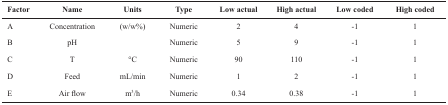
<table><thead><tr><td><b>Factor</b></td><td><b>Name</b></td><td><b>Units</b></td><td><b>Type</b></td><td><b>Low actual</b></td><td><b>High actual</b></td><td><b>Low coded</b></td><td><b>High coded</b></td></tr></thead><tbody><tr><td>A</td><td>Concentration</td><td>(w/w%)</td><td>Numeric</td><td>2</td><td>4</td><td>-1</td><td>1</td></tr><tr><td>B</td><td>pH</td><td></td><td>Numeric</td><td>5</td><td>9</td><td>-1</td><td>1</td></tr><tr><td>C</td><td>T</td><td>°C</td><td>Numeric</td><td>90</td><td>110</td><td>-1</td><td>1</td></tr><tr><td>D</td><td>Feed</td><td>mL/min</td><td>Numeric</td><td>1</td><td>2</td><td>-1</td><td>1</td></tr><tr><td>E</td><td>Air flow</td><td>m<sup>3</sup>/h</td><td>Numeric</td><td>0.34</td><td>0.38</td><td>-1</td><td>1</td></tr></tbody></table>